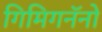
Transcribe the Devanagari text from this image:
गिमिगनॅनो